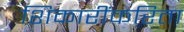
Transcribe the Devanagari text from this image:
शिकारींकरिता